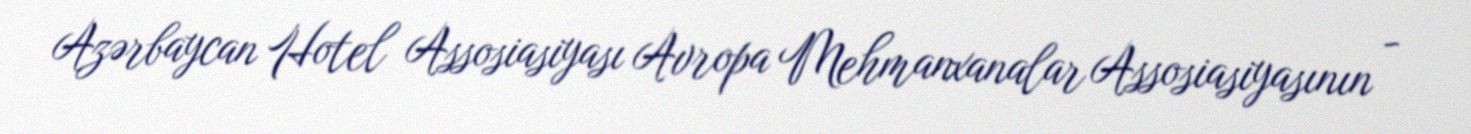
Azərbaycan Hotel Assosiasiyası Avropa Mehmanxanalar Assosiasiyasının -